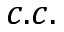
c . c .